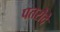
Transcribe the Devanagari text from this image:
पतरोदे